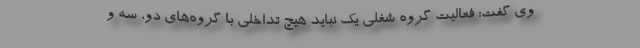
وی گفت: فعالیت گروه شغلی یک نباید هیچ تداخلی با گروه‌های دو، سه و